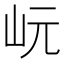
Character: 岏